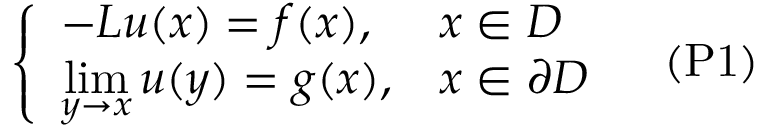
{ \left\{ \begin{array} { l l } { - L u ( x ) = f ( x ) , } & { x \in D } \\ { \displaystyle { \operatorname* { l i m } _ { y \to x } u ( y ) } = g ( x ) , } & { x \in \partial D } \end{array} \right. } \quad { \mathrm { ( P 1 ) } }